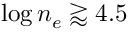
\log n _ { e } \gtrapprox 4 . 5